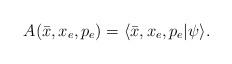
LaTeX: \begin{align*}A(\bar{x},x_{e},p_{e})=\langle\bar{x},x_{e},p_{e}|\psi\rangle.\end{align*}